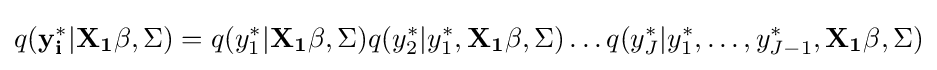
q(\mathbf {y_{i}^{*}} |\mathbf {X_{1}\beta } ,\Sigma )=q(y_{1}^{*}|\mathbf {X_{1}\beta } ,\Sigma )q(y_{2}^{*}|y_{1}^{*},\mathbf {X_{1}\beta } ,\Sigma )\dots q(y_{J}^{*}|y_{1}^{*},\dots ,y_{J-1}^{*},\mathbf {X_{1}\beta } ,\Sigma )